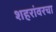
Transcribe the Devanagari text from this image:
शहरांवरचा